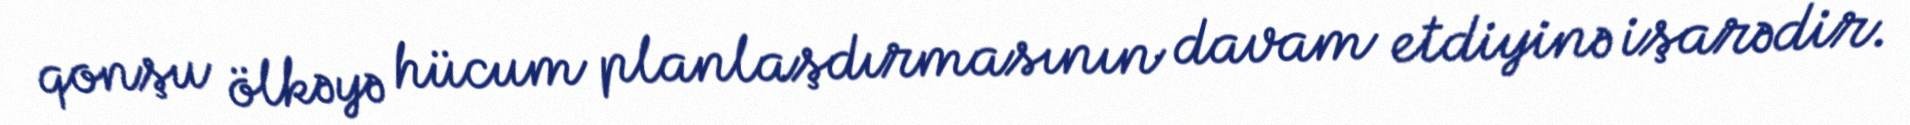
qonşu ölkəyə hücum planlaşdırmasının davam etdiyinə işarədir.